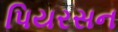
પિયરસન